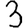
Digit: 3